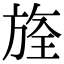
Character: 𣄀